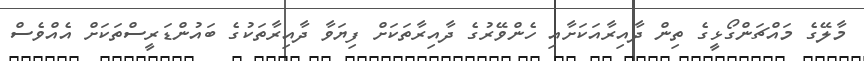
މާލޭގެ މައްޗަންގޯޅީގެ ތިން ދާއިރާއަކަށާއި ހެންވޭރުގެ ދާއިރާތަކަށް ފިޔަވާ ދާއިރާތަކުގެ ބައުންޑަރީސްތަކަށް އެއްވެސް